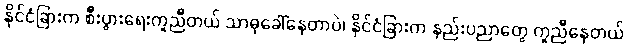
နိုင်ငံခြားက စီးပွားရေးကူညီတယ် သာဓုခေါ်နေတာပဲ၊ နိုင်ငံခြားက နည်းပညာတွေ ကူညီနေတယ်